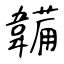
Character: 韛